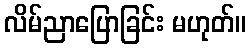
လိမ်ညာပြောခြင်း မဟုတ်။